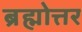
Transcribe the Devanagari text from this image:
ब्रह्मोत्तर